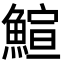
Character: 鰚